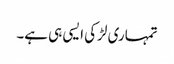
تمہاری لڑکی ایسی ہی ہے۔